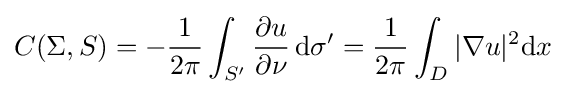
C(\Sigma ,S)=-{\frac {1}{2\pi }}\int _{S'}{\frac {\partial u}{\partial \nu }}\,\mathrm {d} \sigma '={\frac {1}{2\pi }}\int _{D}|\nabla u|^{2}\mathrm {d} x